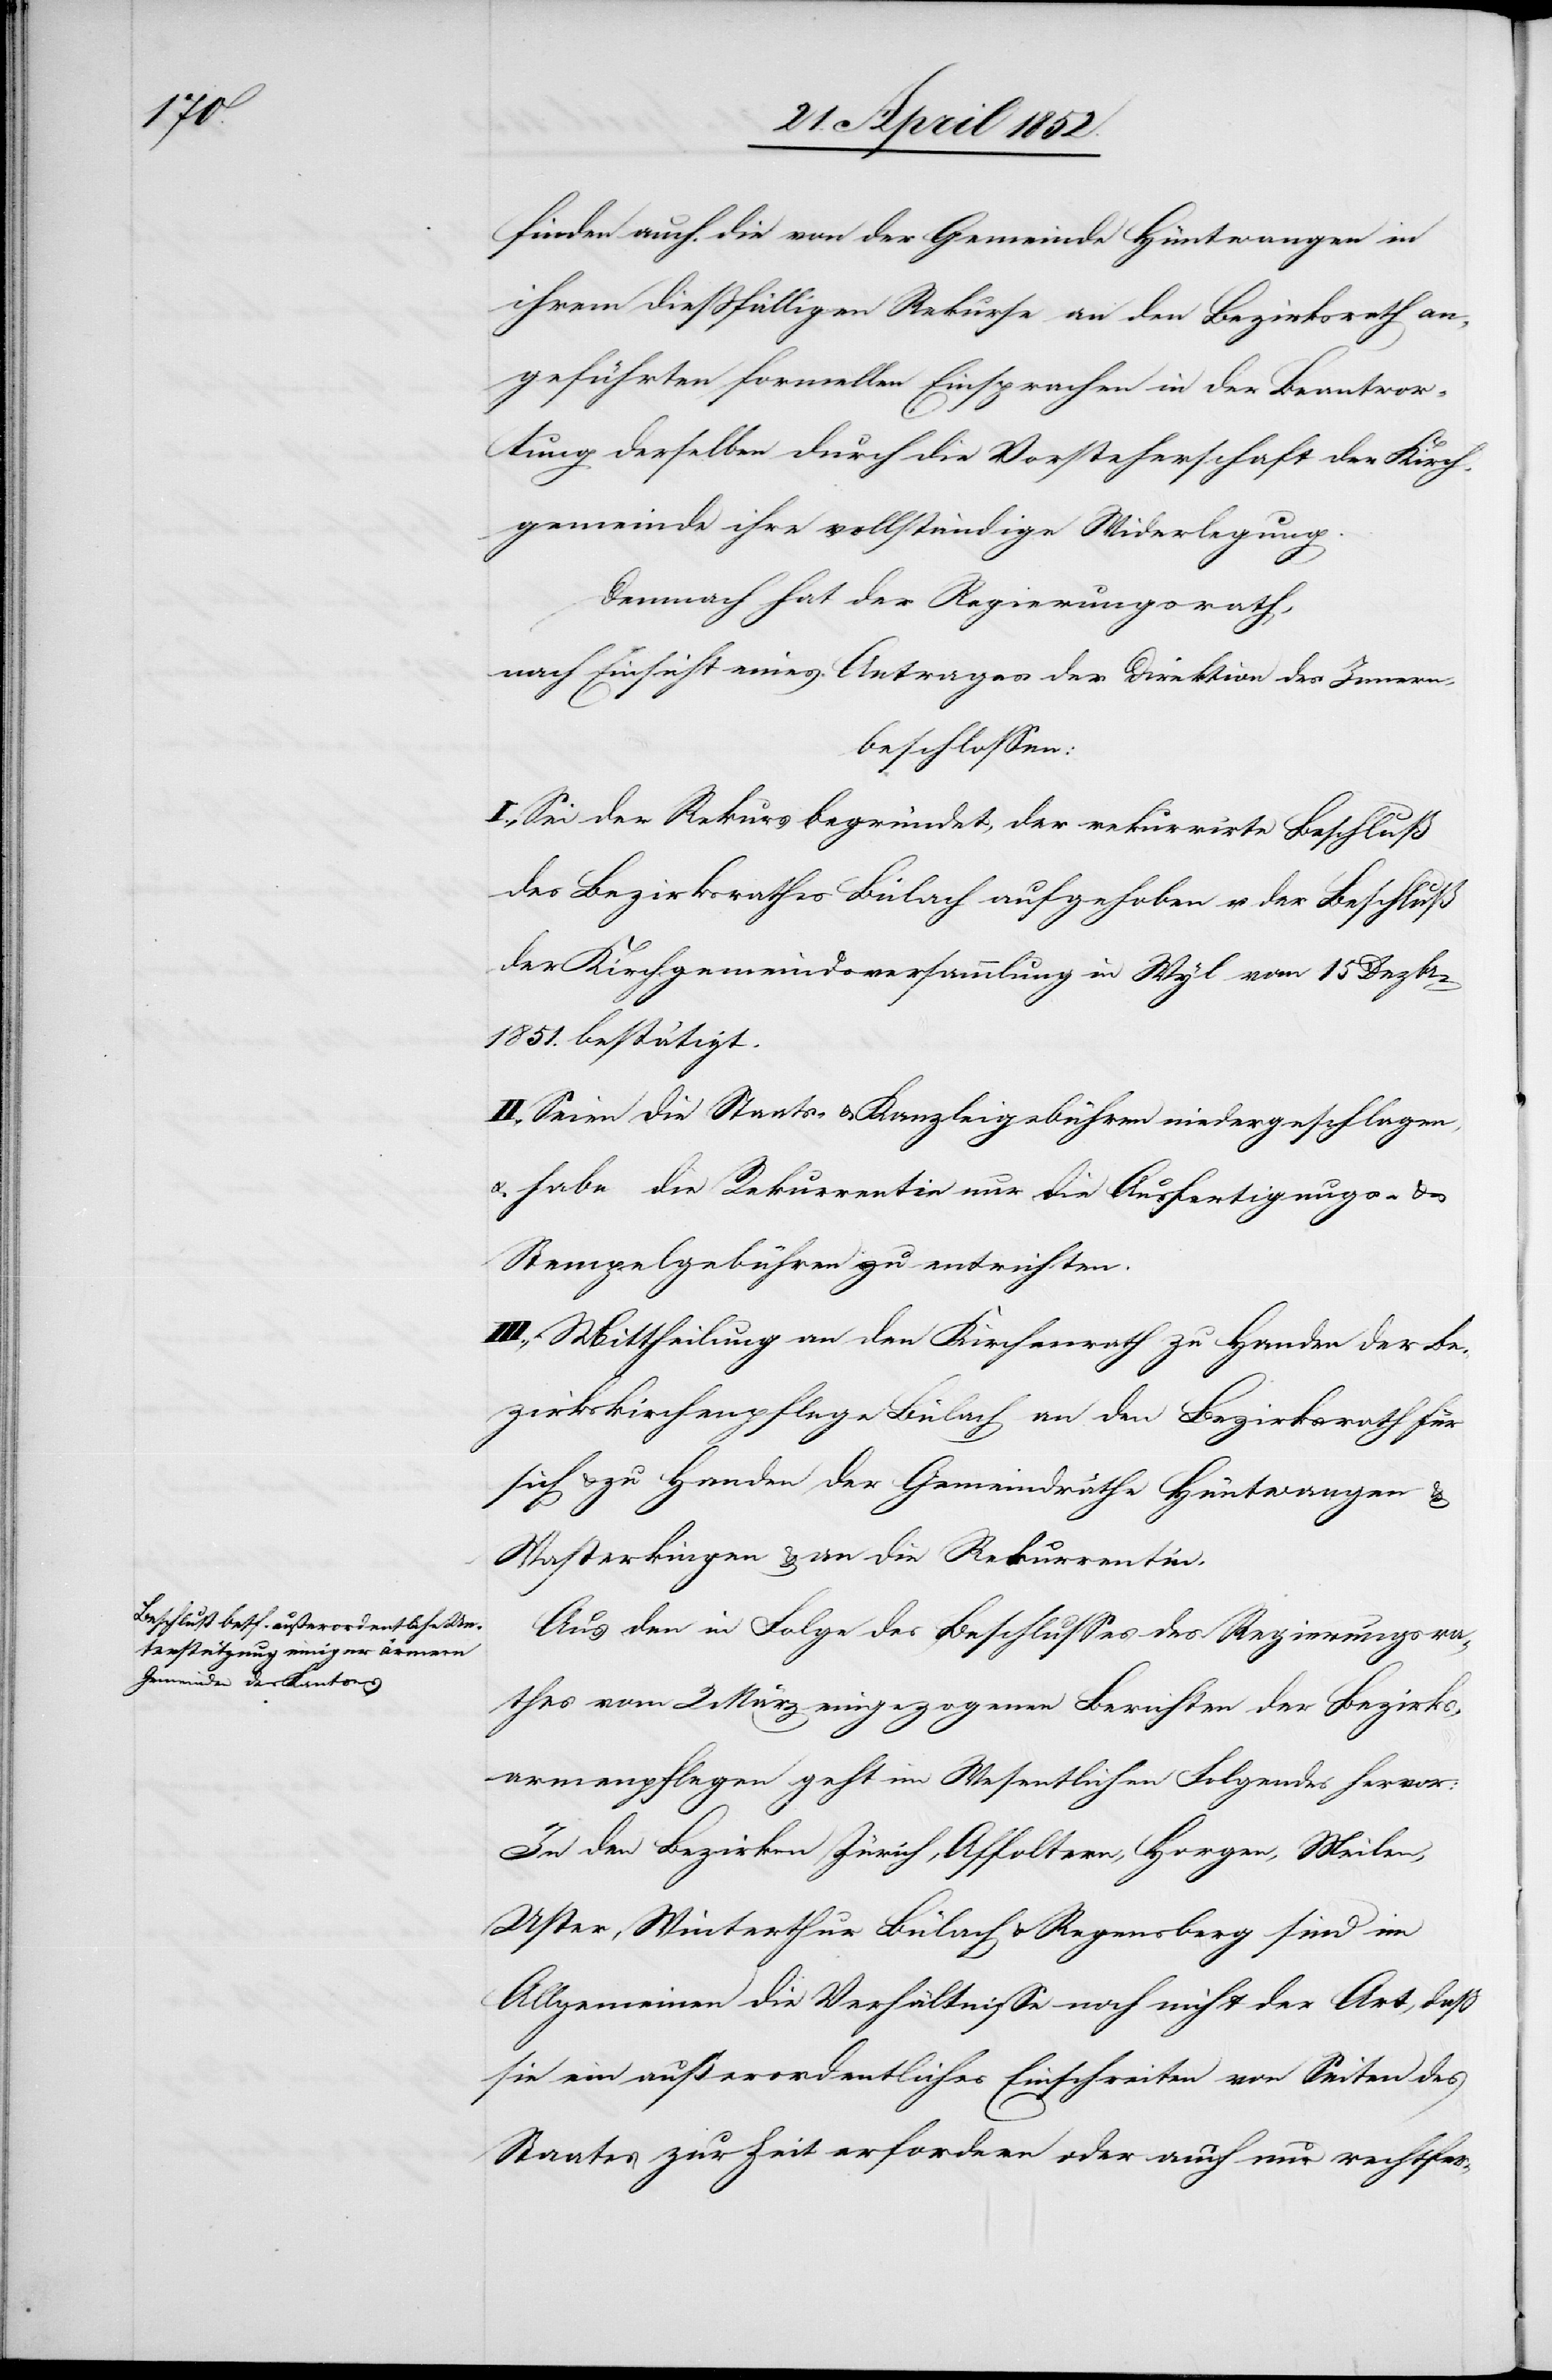
finden auch die von der Gemeinde Hüntwangen in
ihrem diessfälligen Rekurse an den Bezirksrath an¬
geführten formellen Einsprachen in der Beantwor¬
tung derselben durch die Vorsteherschaft der Kirch¬
gemeinde ihre vollständige Widerlegung.
Demnach hat der Regierungsrath,
nach Einsicht eines Antrages der Direktion des Innern,
beschlossen:
I., Sei der Rekurs begründet, der rekurrirte Beschluß
des Bezirksrathes Bülach aufgehoben u. der Beschluß
der Kirchgemeindsversammlung in Wyl vom 15 Dezbr.
1851. bestätigt.
II., Seien die Staats- & Kanzleigebühren niedergeschlagen,
& habe die Rekurrentin nur die Ausfertigungs- &
Stempelgebühren zu entrichten.
III., Mittheilung an den Kirchenrath zu Handen der Be¬
zirkskirchenpflege Bülach[,] an den Bezirksrath für
sich & zu Handen der Gemeindräthe Hüntwangen &
Wasterkingen & an die Rekurrentin.
Aus den in Folge des Beschlusses des Regierungsra¬
thes vom 2 März eingezogenen Berichten der Bezirks¬
armenpflegen geht im Wesentlichen Folgendes hervor:
In den Bezirken Zürich, Affoltern, Horgen, Meilen,
Uster, Winterthur[,] Bülach & Regensberg sind im
Allgemeinen die Verhältnisse noch nicht der Art, daß
sie ein außerordentliches Einschreiten von Seiten des
Staates zur Zeit erfordern oder auch nur rechtfer-